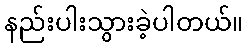
နည်းပါးသွားခဲ့ပါတယ်။